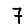
Digit: 7